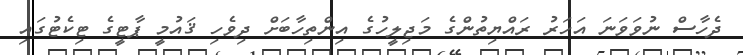
ދެހާސް ނުވަވަނަ އަހަރު ރައްޔިތުންގެ މަޖިލީހުގެ އިންތިހާބަށް ދިވެހި ޤައުމީ ޕާޓީގެ ޓިކެޓުގައި